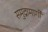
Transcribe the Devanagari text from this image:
समुद्रामार्गी